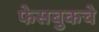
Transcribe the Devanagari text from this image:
फेसबुकचे